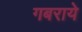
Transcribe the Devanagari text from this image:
गबराये